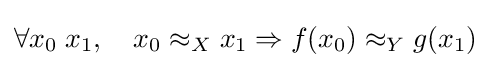
\forall x_{0}\;x_{1},\quad x_{0}\approx _{X}x_{1}\Rightarrow f(x_{0})\approx _{Y}g(x_{1})